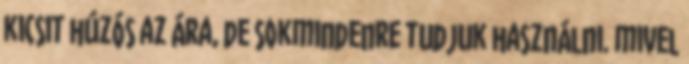
kicsit húzós az ára, de sokmindenre tudjuk használni. mivel